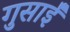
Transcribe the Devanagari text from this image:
गुसाईँ